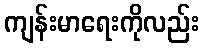
ကျန်းမာရေးကိုလည်း